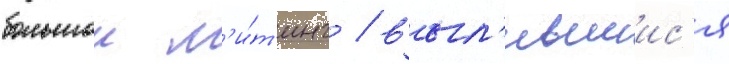
большои м'и́т'инг / выл'ившиис'я